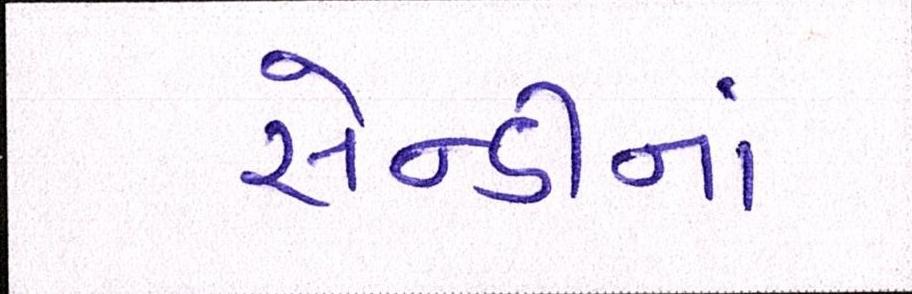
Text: સેન્ડીનાં